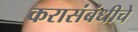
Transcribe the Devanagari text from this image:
करासंबंधीचे